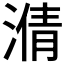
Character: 𣹥